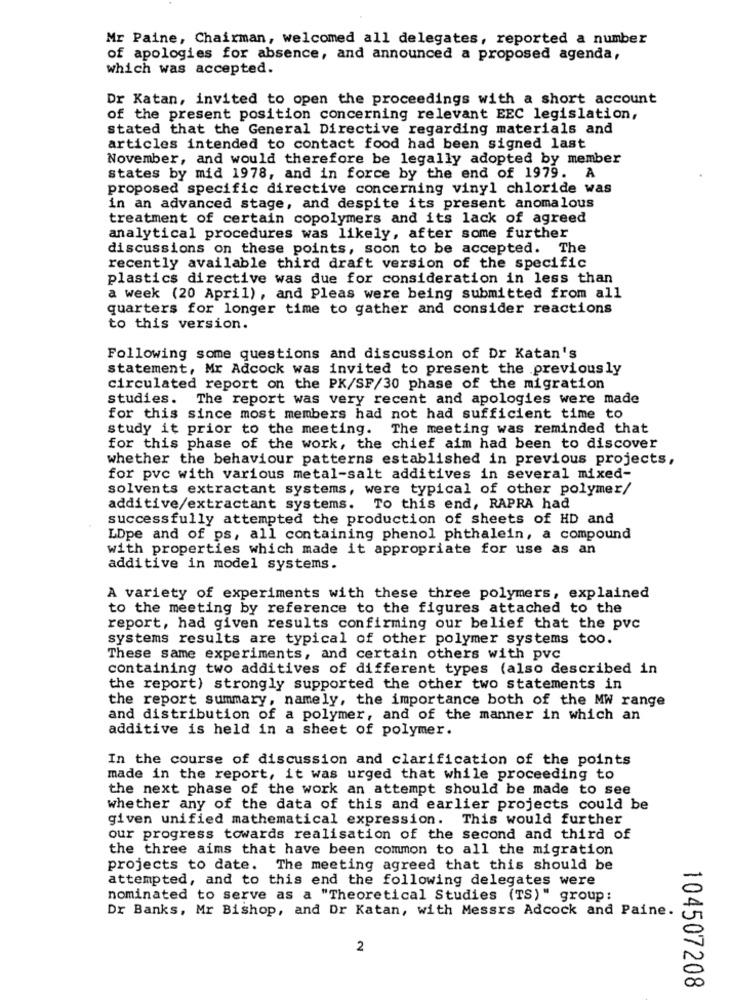
Mr Paine, Chairman, welcomed all delegates, reported a number
of apologies for absence, and announced a proposed agenda,
which was accepted.
Dr Katan, invited to open the proceedings with a short account
of the present position concerning relevant EEC legislation,
stated that the General Directive regarding materials and
articles intended to contact food had been signed last
November, and would therefore be legally adopted by member
states by mid 1978, and in force by the end of 1979. A
proposed specific directive concerning vinyl chloride was
in an advanced stage, and despite its present anomalous
treatment of certain copolymers and its lack of agreed
analytical procedures was likely, after some further
discussions on these points, soon to be accepted. The
recently available third draft version of the specific
plastics directive was due for consideration in less than
a week (20 April), and Pleas were being submitted from all
quarters for longer time to gather and consider reactions
to this version.
Following some questions and discussion of Dr Katan's
statement, Mr Adcock was invited to present the previously
circulated report on the PK/SF/30 phase of the migration
studies. The report was very recent and apologies were made
for this since most members had not had sufficient time to
study it prior to the meeting.
The meeting was reminded that
for this phase of the work, the chief aim had been to discover
whether the behaviour patterns established in previous projects,
for pvc with various metal-salt additives in several mixed-
solvents extractant systems, were typical of other polymer/
additive/extractant systems. To this end, RAPRA had
successfully attempted the production of sheets of HD and
LDpe and of ps, all containing phenol phthalein, a compound
with properties which made it appropriate for use as an
additive in model systems.
A variety of experiments with these three polymers, explained
to the meeting by reference to the figures attached to the
report, had given results confirming our belief that the pvc
systems results are typical of other polymer systems too.
These same experiments, and certain others with pvc
containing two additives of different types (also described in
the report) strongly supported the other two statements in
the report summary, namely, the importance both of the MW range
and distribution of a polymer, and of the manner in which an
additive is held in a sheet of polymer.
In the course of discussion and clarification of the points
made in the report, it was urged that while proceeding to
the next phase of the work an attempt should be made to see
whether any of the data of this and earlier projects could be
given unified mathematical expression. This would further
our progress towards realisation of the second and third of
the three aims that have been common to all the migration
projects to date. The meeting agreed that this should be
attempted, and to this end the following delegates were
nominated to serve as a "Theoretical Studies (TS)" group:
Dr Banks, Mr Bishop, and Dr Katan, with Messrs Adcock and Paine.
2
104507208